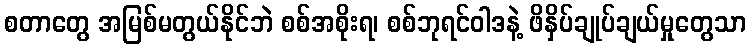
စတာတွေ အမြစ်မတွယ်နိုင်ဘဲ စစ်အစိုးရ၊ စစ်ဘုရင်ဝါဒနဲ့ ဖိနှိပ်ချုပ်ချယ်မှုတွေသာ